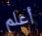
أعلم